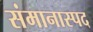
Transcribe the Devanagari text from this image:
संमानास्पद